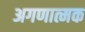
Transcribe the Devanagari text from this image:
अगणात्मक